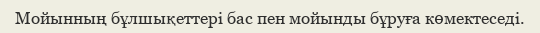
Мойынның бұлшықеттері бас пен мойынды бұруға көмектеседі.